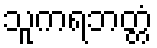
သူကရဘတ္တံ